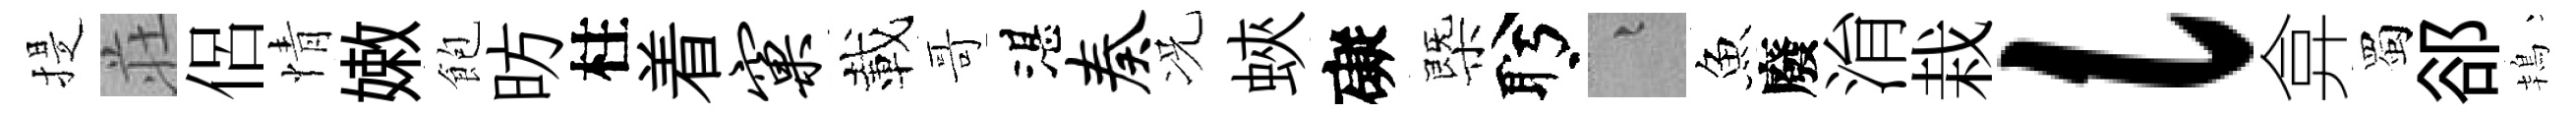
提荘侶情嫩飽昉柱着窠載哥湛奏况蛺礙㮣盻融魚廢㳙栽l弇蜀郤鴇